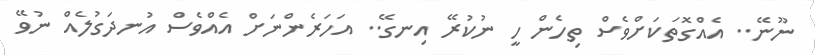
ނޫނޭ.. އެއްގޮތަކަށްވެސް ތިހެން ހީ ނުކުރޭ އިނގޭ.. އަހަރެންނަށް އެއްވެސް އުނދަގުލެއް ނުވޭ